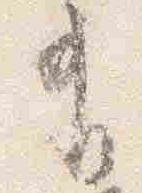
有